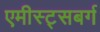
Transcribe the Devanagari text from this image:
एमीस्ट्सबर्ग